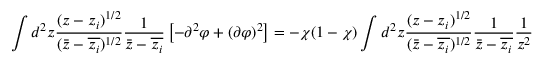
\int d ^ { 2 } z \frac { ( z - z _ { i } ) ^ { 1 / 2 } } { ( \bar { z } - \overline { { z _ { i } } } ) ^ { 1 / 2 } } \frac { 1 } { \bar { z } - \overline { { z _ { i } } } } \left[ - \partial ^ { 2 } \varphi + ( \partial \varphi ) ^ { 2 } \right] = - \chi ( 1 - \chi ) \int d ^ { 2 } z \frac { ( z - z _ { i } ) ^ { 1 / 2 } } { ( \bar { z } - \overline { { z _ { i } } } ) ^ { 1 / 2 } } \frac { 1 } { \bar { z } - \overline { { z _ { i } } } } \frac { 1 } { z ^ { 2 } }